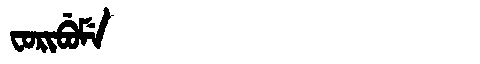
Manchu: ᠸᠣᡵᡳᠪᡠᠮᡝ
Romanization: FORIBUME